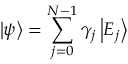
\left| \psi \right\rangle = \sum _ { j = 0 } ^ { N - 1 } \gamma _ { j } \left| E _ { j } \right\rangle